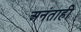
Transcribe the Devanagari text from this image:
अनंताही